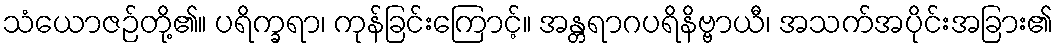
သံယောဇဉ်တို့၏။ ပရိက္ခရာ၊ ကုန်ခြင်းကြောင့်။ အန္တရာဂပရိနိဗ္ဗာယီ၊ အသက်အပိုင်းအခြား၏